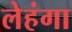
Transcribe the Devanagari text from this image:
लेहंगा